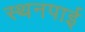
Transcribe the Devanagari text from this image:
स्थनपाई